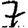
Digit: 7